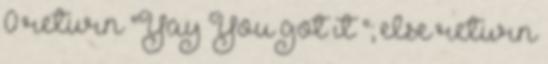
0 return "Yay You got it "; else return